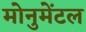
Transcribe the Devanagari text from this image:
मोनुमेंटल